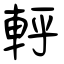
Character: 軤